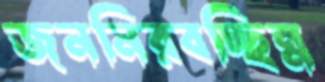
জননিরবচ্ছিন্ন